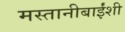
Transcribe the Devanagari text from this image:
मस्तानीबाईंशी